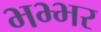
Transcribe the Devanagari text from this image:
भभ्भर